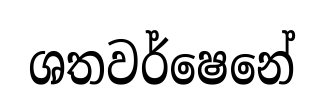
ශතවර්ෂෙනේ